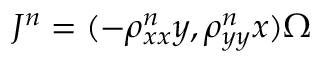
J ^ { n } = ( - \rho _ { x x } ^ { n } y , \rho _ { y y } ^ { n } x ) \Omega